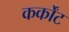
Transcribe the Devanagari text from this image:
कर्कोंट